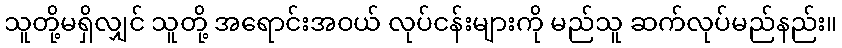
သူတို့မရှိလျှင် သူတို့ အရောင်းအဝယ် လုပ်ငန်းများကို မည်သူ ဆက်လုပ်မည်နည်း။